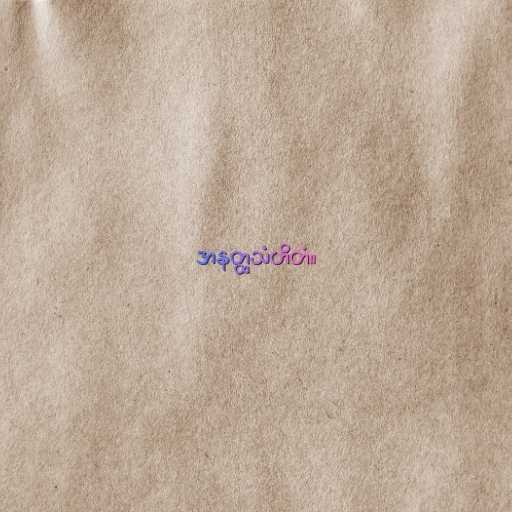
အနတ္ထသံဟိတံ။